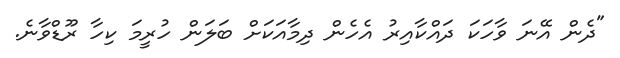
"ދެން އޭނަ ވާހަކަ ދައްކާއިރު އެހެން ދިމާއަކަށް ބަލަން ހުރީމަ ކިހާ ރޫޑްވާނެ.